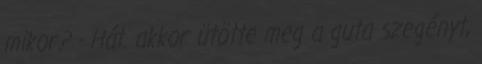
mikor? - Hát. akkor ütötte meg a guta szegényt,